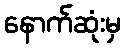
နောက်ဆုံးမှ